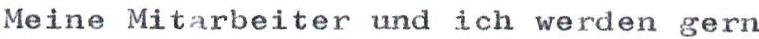
Meine Mitarbeiter und ich werden gern